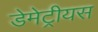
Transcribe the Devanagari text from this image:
डेमेट्रीयस